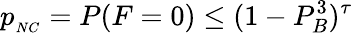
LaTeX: p_{_{NC}}=P(F=0)\leq(1-P_{B}^{3})^{\tau}